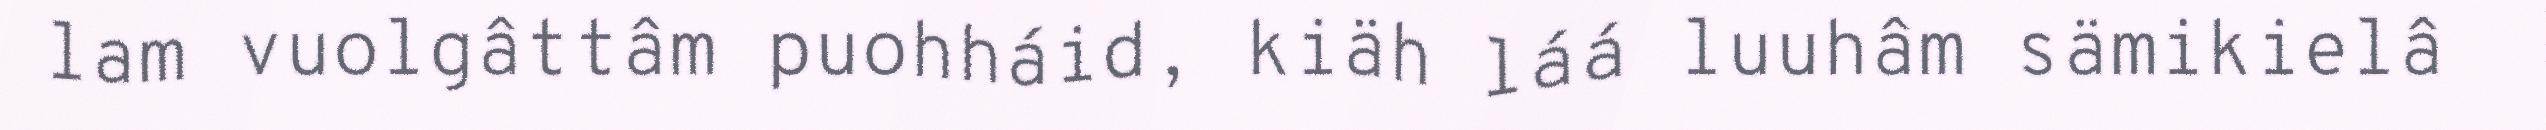
lam vuolgâttâm puohháid, kiäh láá luuhâm sämikielâ